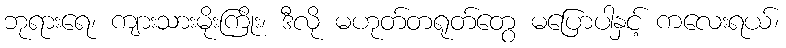
ဘုရားရေ၊ ကျားသားမိုးကြိုး၊ ဒီလို မဟုတ်တရုတ်တွေ မပြောပါနှင့် ကလေးရယ်၊